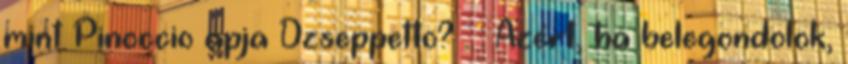
mint Pinoccio apja Dzseppetto? . : Azért, ha belegondolok,